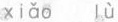
xiǎo lù